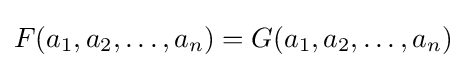
F(a_{1},a_{2},\ldots ,a_{n})=G(a_{1},a_{2},\ldots ,a_{n})